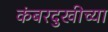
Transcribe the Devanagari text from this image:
कंबरदुखीच्या